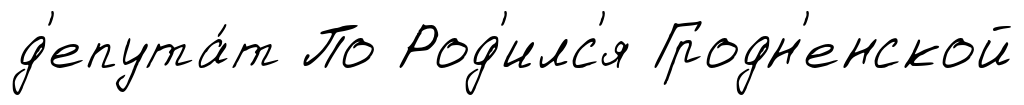
д'епута́т По Род'илс'я Гродн'енской